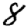
Digit: 8